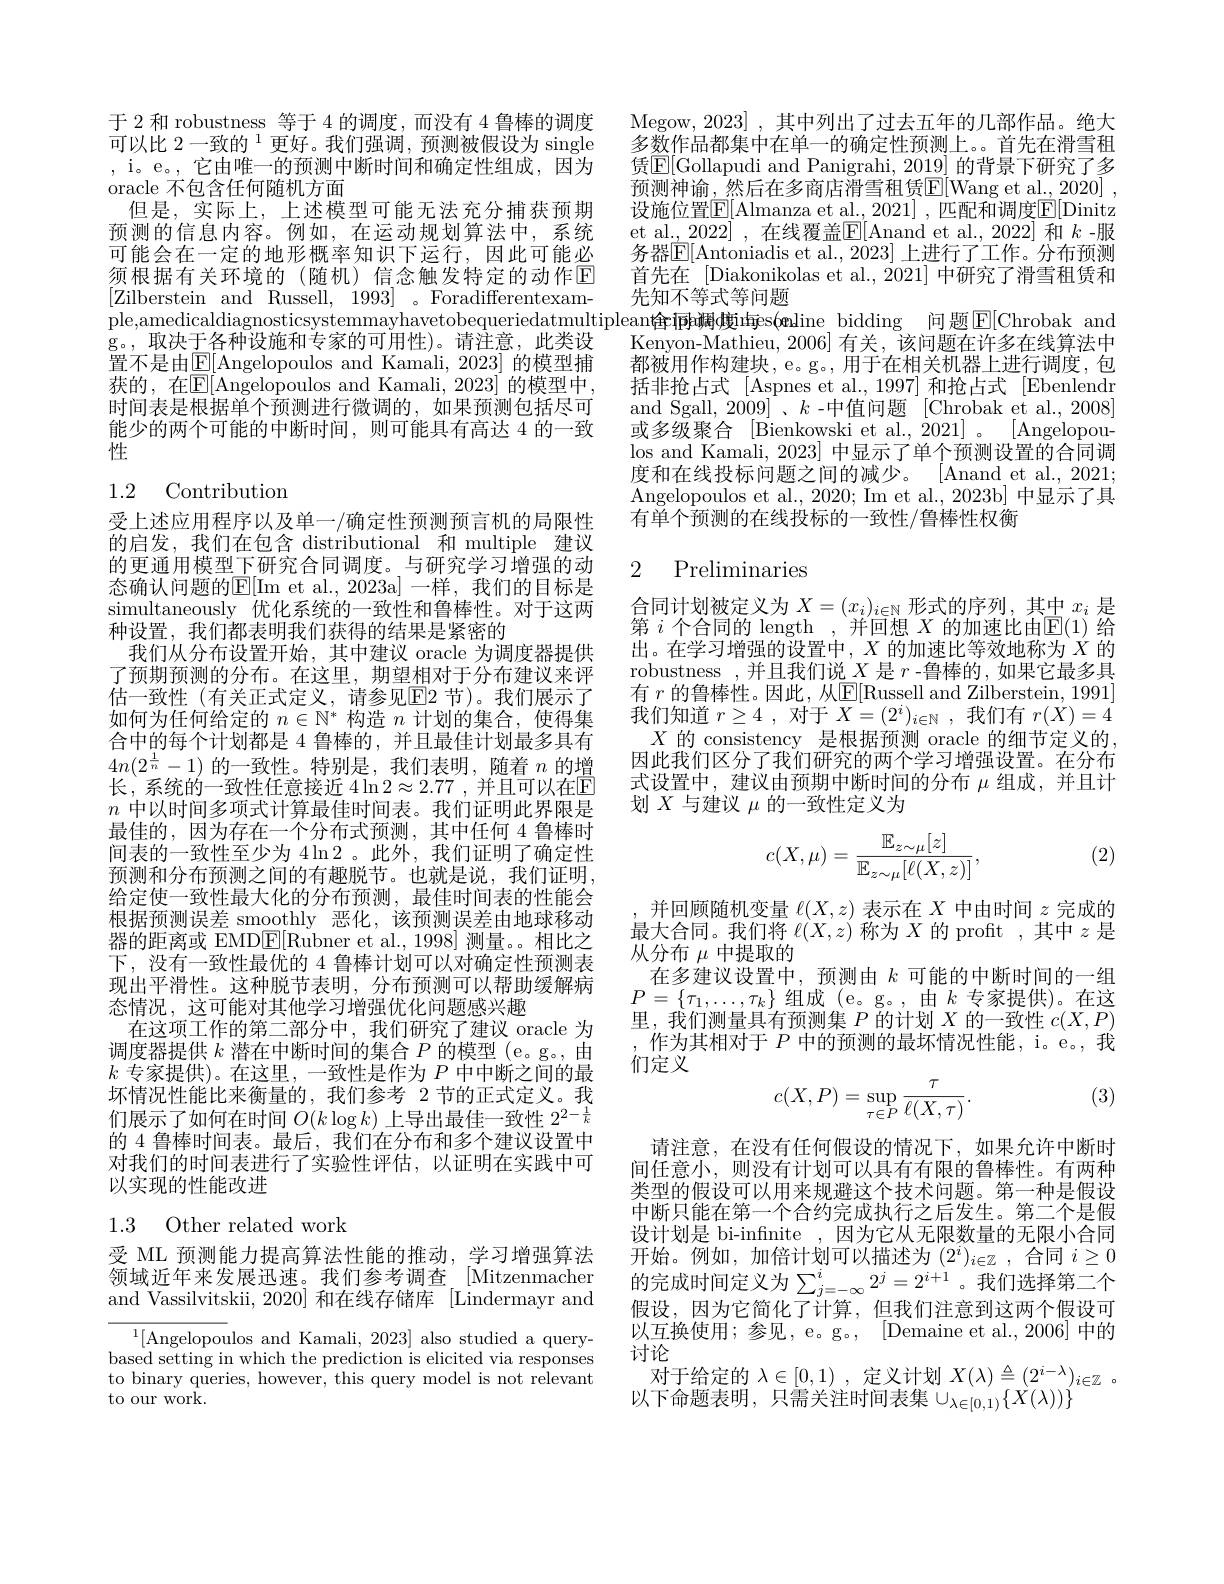
于 2 和 robustness 等于 4 的调度，而没有 4 鲁棒的调度可以比 2一致的$^1$更好。我们强调，预测被假设为 single , i。e。, 它由唯一的预测中断时间和确定性组成，因为oracle 不包含任何随机方面
但是，实际上，上述模型可能无法充分捕获预期预测的信息内容。例如，在运动规划算法中，系统可能会在一定的地形概率知识下运行，因此可能必须根据有关环境的(随机)信念触发特定的动作区[Zilberstein and Russell, 1993] 。Foradifferentexample,amedicaldiagnosticsystemmayhavetobequeriedatmultipleant$\^{ı}plean\^{ı}ph綱d度ıṅgs(oline bidding 问题▣[Chrobak and$
g。,取决于各种设施和专家的可用性)。请注意，此类设置不是由$\boxed{\mathbb{E}}[$Angelopoulos and Kamali, 2023] 的模型捕获的，在$\mathbb{E}[$Angelopoulos and Kamali, 2023] 的模型中， 时间表是根据单个预测进行微调的，如果预测包括尽可能少的两个可能的中断时间，则可能具有高达 4 的一致性

## 1.2 Contribution

受上述应用程序以及单一/确定性预测预言机的局限性的启发，我们在包含 distributional 和 multiple 建议的更通用模型下研究合同调度。与研究学习增强的动态确认问题的E[ Im et al. , 2023a] - 样 , 我 们 的 目 标 是 simultaneously 优化系统的一致性和鲁棒性。对于这两种设置，我们都表明我们获得的结果是紧密的
我们从分布设置开始，其中建议 oracle 为调度器提供了预期预测的分布。在这里，期望相对于分布建议来评估一致性 (有关正式定义，请参见E2 节)。我们展示了如何为任何给定的$n\in\mathbb{N}^*$构造$n$计划的集合，使得集合中的每个计划都是 4 鲁棒的 , 并且最佳计划最多具有$4n(2^{\frac1n}-1)$的一致性。特别是，我们表明，随着$n$的增长，系统的一致性任意接近 $4\ln2\approx2.77$ ,并且可以在$\mathbb{E}$ $n$中以时间多项式计算最佳时间表。我们证明此界限是最佳的，因为存在一个分布式预测，其中任何 4 鲁棒时间表的一致性至少为$4\ln2$ 。此外，我们证明了确定性预测和分布预测之间的有趣脱节。也就是说，我们证明， 给定使一致性最大化的分布预测，最佳时间表的性能会根据预测误差 smoothly 恶化，该预测误差由地球移动器的距离或 EMD$\underline{\mathrm{F}}[$Rubner et al.,1998]测量。相比之下，没有一致性最优的 4 鲁棒计划可以对确定性预测表现出平滑性。这种脱节表明，分布预测可以帮助缓解病态情况，这可能对其他学习增强优化问题感兴趣
在这项工作的第二部分中，我们研究了建议 oracle 为调度器提供$k$潜在中断时间的集合$P$的模型 (e。g。, 由$k$专家提供)。在这里，一致性是作为$P$中中断之间的最坏情况性能比来衡量的，我们参考 2 节的正式定义。我们展示了如何在时间$O(k\log k)$上导出最佳一致性$2^{2-\frac1k}$ 的 4 鲁棒时间表。最后，我们在分布和多个建议设置中对我们的时间表进行了实验性评估，以证明在实践中可以实现的性能改进

## 1.3 Other related work

受 ML 预测能力提高算法性能的推动，学习增强算法领域近年来发展迅速。我们参考调查。[Mitzenmacher and Vassilvitskii, 2020] 和在线存储库[Lindermayr and

$^1[$Angelopoulos and Kamali, 2023] also studied a querybased setting in which the prediction is elicited via responses to binary queries, however, this query model is not relevant to our work.

Megow, 2023] , 其中列出了过去五年的几部作品。绝大多数作品都集中在单一的确定性预测上。首先在滑雪租赁$\underline{\mathrm{E}}[$Gollapudi and Panigrahi, 2019] 的背景下研究了多预测神谕，然后在多商店滑雪租赁$\overline{\mathbb{E}}[$Wang et al., 2020] , 设施位置$\boxed{\mathbb{E}}[$Almanza et al., 2021] , 匹配和调度$\boxed{\mathbb{E}}[$Dinitz et al.,2022] ,在线覆盖$\overline{\mathbb{E}}[$Anand et al.,2022] 和 $k$ -服务器$\mathbb{E}[$Antoniadis et al., 2023] 上进行了工作。分布预测首先在 [Diakonikolas et al.,2021] 中研究了滑雪租赁和先知不等式等问题
Kenyon-Mathieu,2006] 有关，该问题在许多在线算法中都被用作构建块，e。g。, 用于在相关机器上进行调度，包括非抢占式[Aspnes et al.,1997]和抢占式[Ebenlendr and Sgall, 2009]、$k$ -中值问题 [Chrobak et al., 2008] 或多级聚合 [Bienkowski et al., 2021] 。[Angelopoulos and Kamali, 2023] 中显示了单个预测设置的合同调度和在线投标问题之间的减少。[Anand et al., 2021; Angelopoulos et al., 2020; Im et al., 2023b] 中显示了具有单个预测的在线投标的一致性/鲁棒性权衡

# 2 Preliminaries

合同计划被定义为$X=(x_i)_{i\in\mathbb{N}}$形式的序列，其中$x_i$是第$i$个合同的 length ,并回想$X$的加速比由$\mathbb{E}(1)$给出。在学习增强的设置中，$X$ 的加速比等效地称为$X$ 的robustness ,并且我们说$X$是$r$ -鲁棒的，如果它最多具有 $r$ 的鲁棒性。因此，从E[Russell and Zilberstein, 1991] 我们知道$r\geq4$,对于$X=(2^i)_{i\in\mathbb{N}}$,我们有$r(X)=4$
$X$的 consistency 是根据预测 oracle 的细节定义的， 因此我们区分了我们研究的两个学习增强设置。在分布式设置中，建议由预期中断时间的分布$\mu$组成，并且计划$X$与建议$\mu$的一致性定义为
$$c(X,\mu)=\frac{\mathbb{E}_{z\sim\mu}[z]}{\mathbb{E}_{z\sim\mu}[\ell(X,z)]},$$
(2)

并回顾随机变量$\ell(X,z)$表示在$X$中由时间$z$完成的最大合同。我们将$\ell(X,z)$称为$X$的 profit ,其中$z$是从分布$\mu$中提取的
在多建议设置中，预测由$k$可能的中断时间的一组$P=\{\tau_{1},\ldots,\tau_{k}\}$组成(e。g。,由$k$专家提供)。在这里，我们测量具有预测集$P$的计划$X$的一致性$c(X,P)$ ,作为其相对于$P$中的预测的最坏情况性能，i。e。我们定义
$$c(X,P)=\sup_{\tau\in P}\frac{\tau}{\ell(X,\tau)}.$$
(3)

请注意，在没有任何假设的情况下，如果允许中断时间任意小，则没有计划可以具有有限的鲁棒性。有两种类型的假设可以用来规避这个技术问题。第一种是假设中断只能在第一个合约完成执行之后发生。第二个是假设计划是 bi-infnite ,因为它从无限数量的无限小合同开始。例如，加倍计划可以描述为(2^i)_{i$\in\mathbb{Z} ,合同 i\geq0$ 的完成时间定义为$\sum_{j=-\infty}^i2^j=2^{i+1}$。我们选择第二个假设，因为它简化了计算，但我们注意到这两个假设可以互换使用；参见，e。g。, [Demaine et al., 2006] 中的讨论
对 于 给 定 的 $\lambda \in [ 0, 1)$ , 定 义 计 划 $X( \lambda ) \triangleq ( 2^{i- \lambda }) _{i\in \mathbb{Z} }$ . 以下命题表明，只需关注时间表集$\cup_\lambda\in[0,1)\{\dot{X}(\lambda))\}^{\prime\prime}$